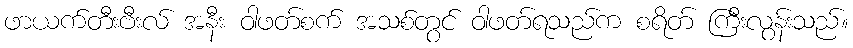
ဖာယက်တီးဗီးလ် အနီး ဝါဖတ်စက် အသစ်တွင် ဝါဖတ်ရသည်က စရိတ် ကြီးလွန်းသည်။